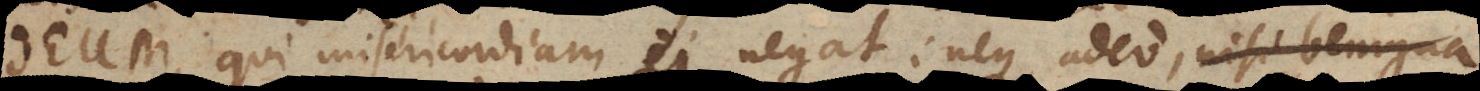
Deum, qui misericordiam ei negat; neque adeo ferendae